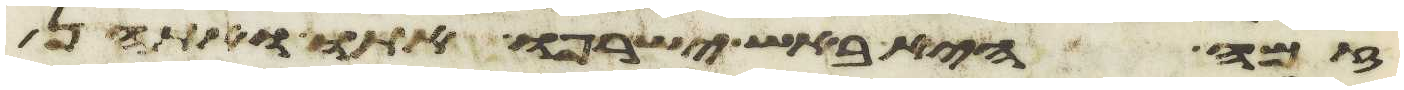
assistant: זמה היא באש ישרפו אתו ואתהן